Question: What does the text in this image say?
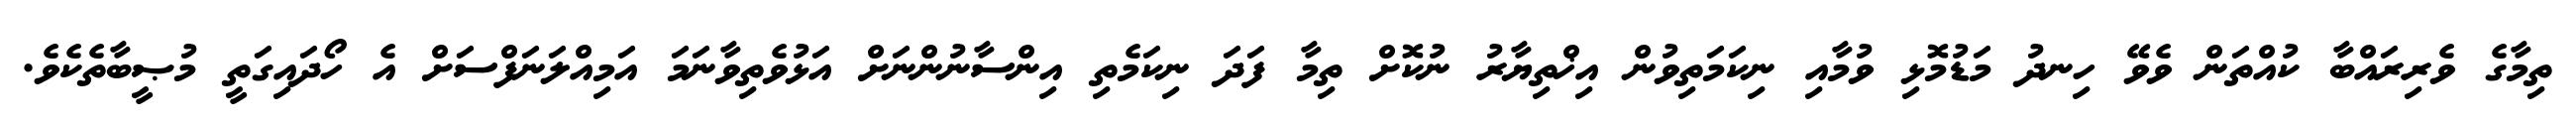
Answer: ތިމާގެ ވެރިރައްބާ ކުއްތަން ވެވޭ ހިނދު މަޑުމޮޅި ވުމާއި ނިކަމަތިވުން އިޚްތިޔާރު ނުކޮށް ތިމާ ފަދަ ނިކަމެތި އިންސާނުންނަށް އަޅުވެތިވާނަމަ އަމިއްލަނަފްސަށް އެ ހޯދައިގަތީ މުޞީބާތެކެވެ.